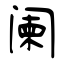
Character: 阑